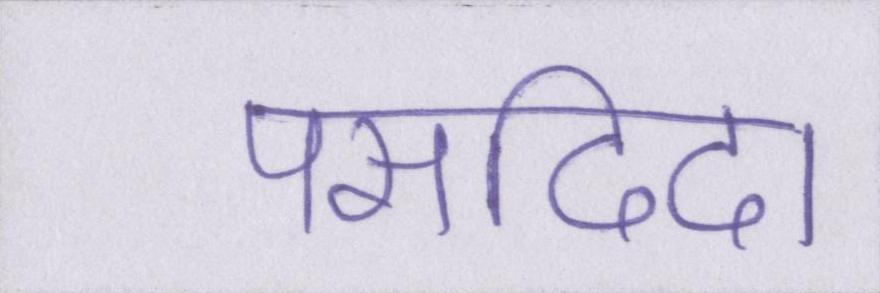
पसदिदा